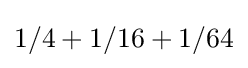
1/4+1/16+1/64